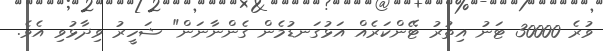
ވުރެ 30000 ޓަނު އިތުރު ޓޭންކަރެއް އަޅުގަނޑުމެން ގެންނާނަން" ޝަހީރު ވިދާޅުވި އެވެ.